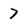
Character: 7